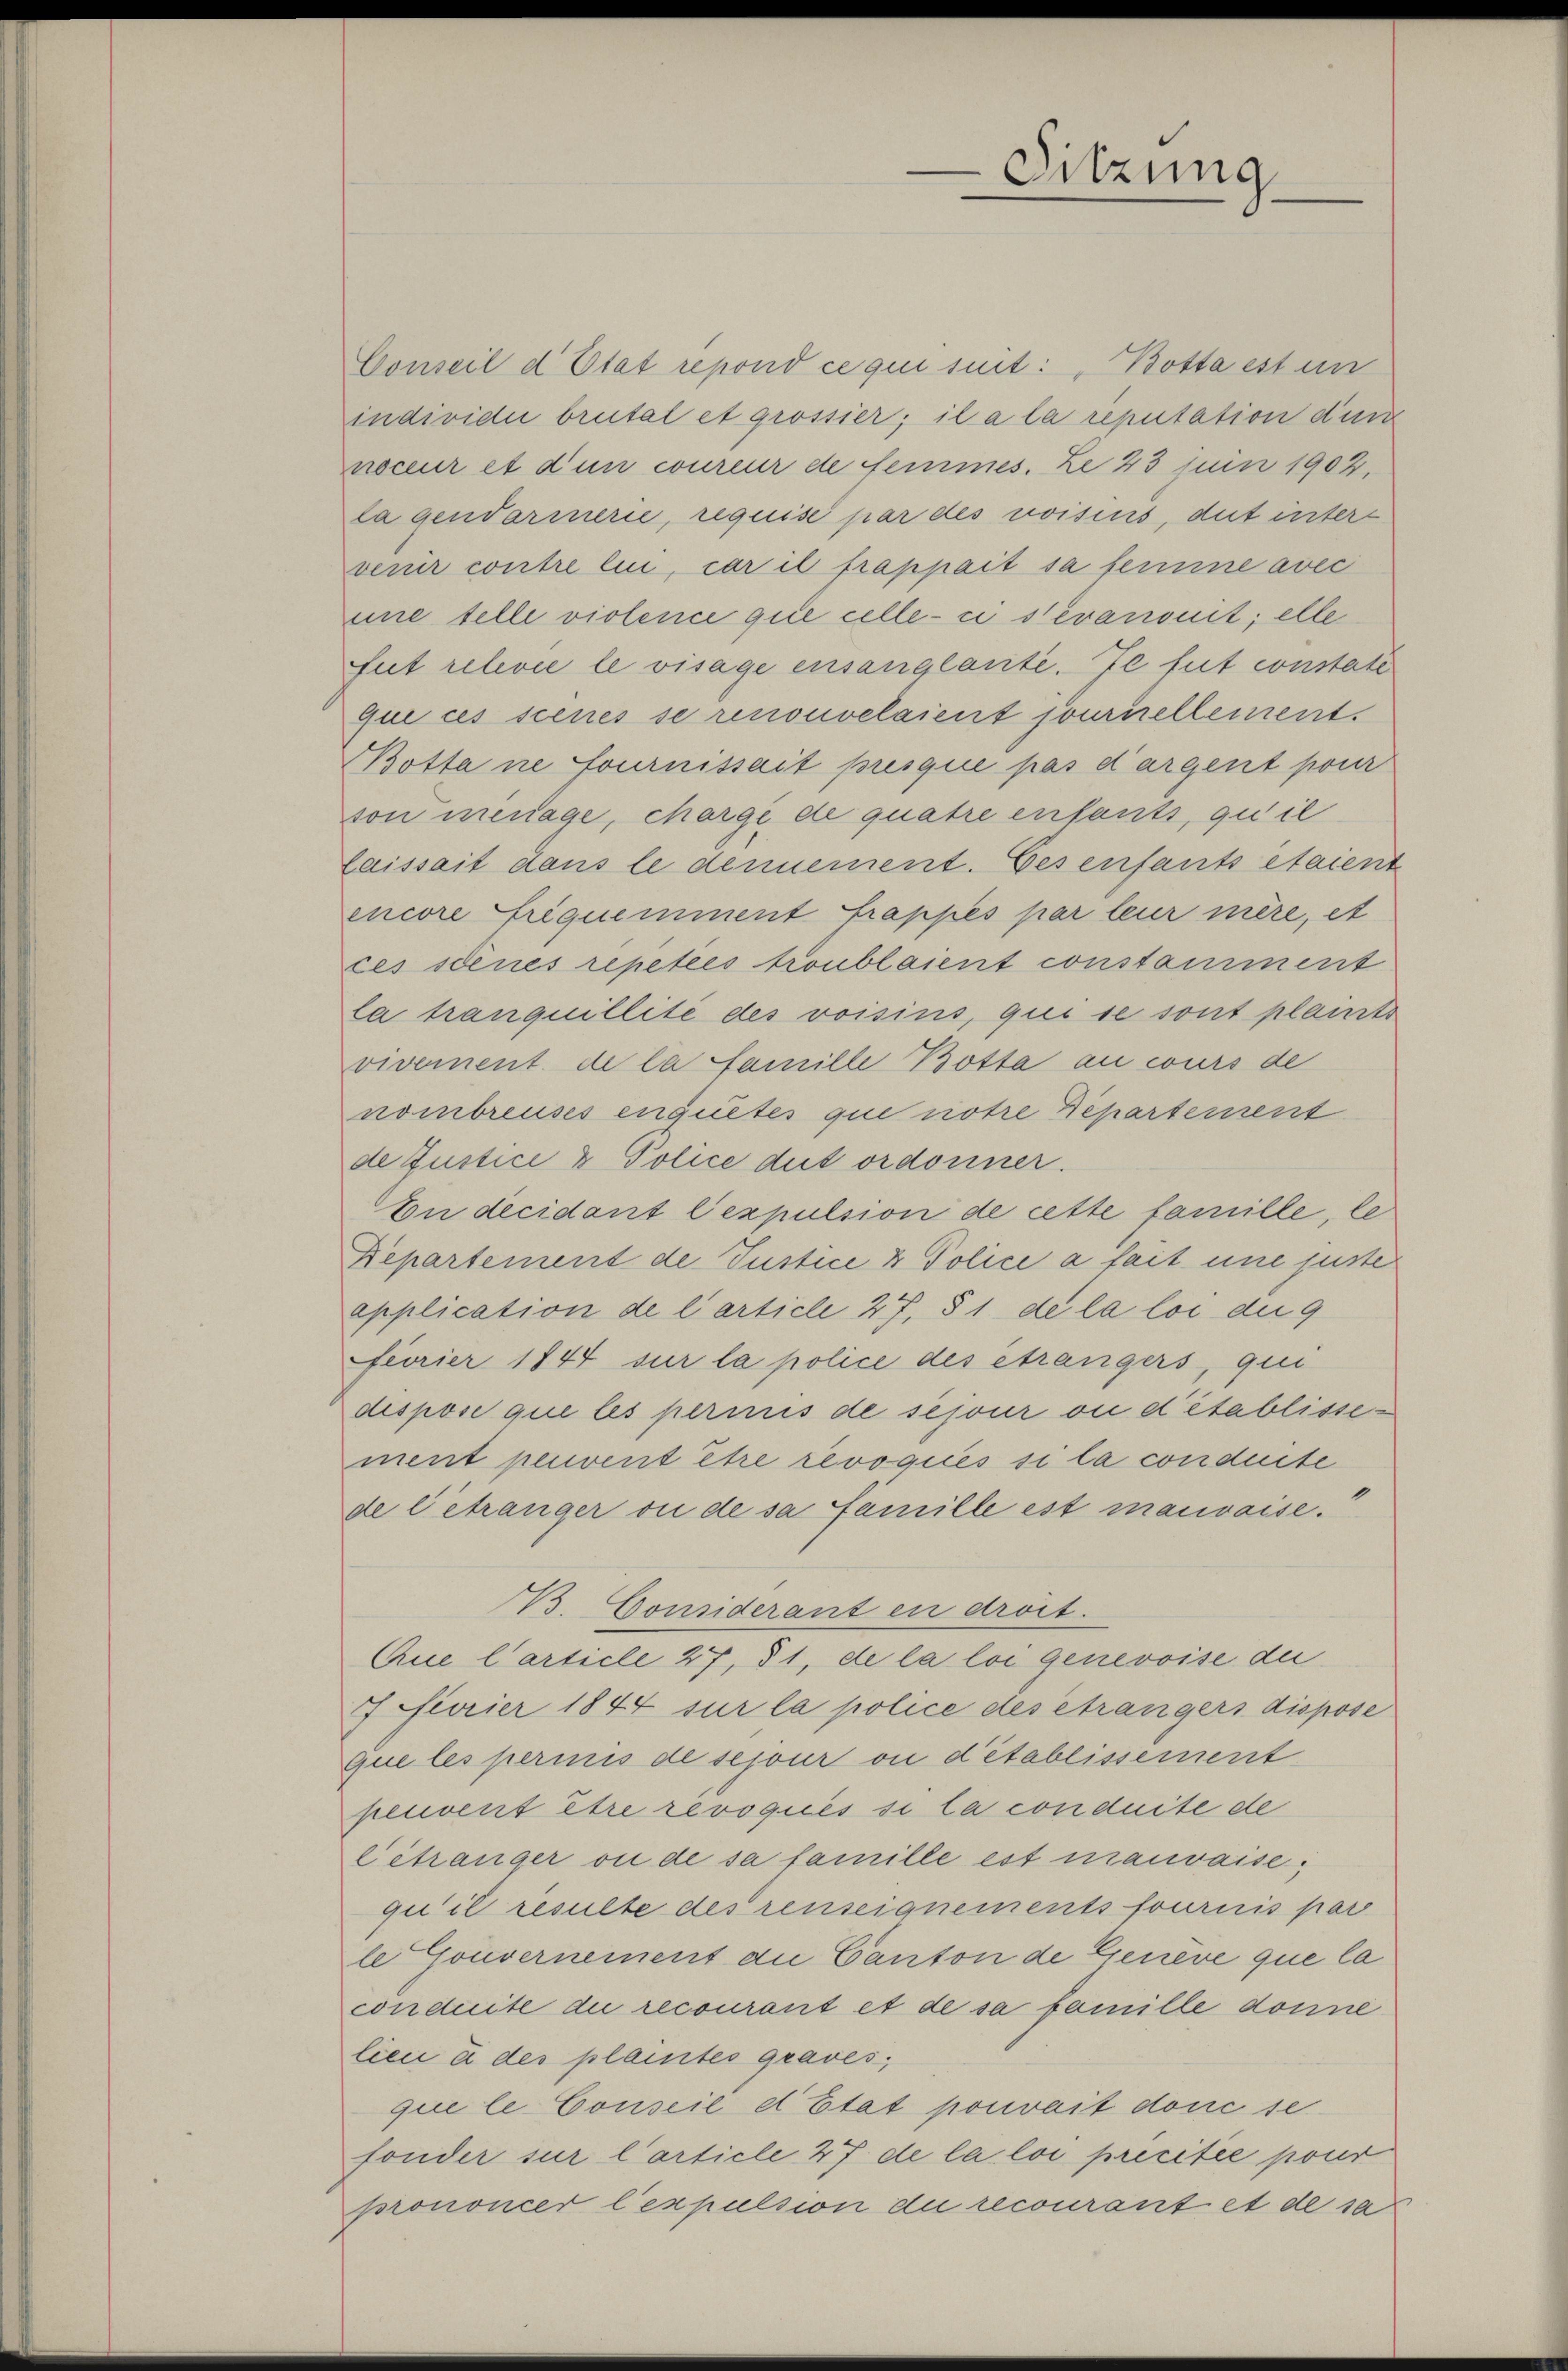
Sitzung

Conseil d’Etat repond ce qui suit: „Botta est un
individui brutal et grossier; il a la reputation durch
noceur et d’un coureur de femmes. Ze 43 juin 1902.
la gendarmern, requise par des voisins, das intere
venir contre lui, car il frappait sa femine avec
une telle violence que celle-ci stevanonit; elle
fut relevie le visage ensanglante. Je tut constate
que ces scenes se renouvelaient journellement.
Botta ne fournissait presque pas dargent pour
son menage, chargé de quatre entants, quil
laissait dans le dennement. Ces enfants étaient
encore friquemment frappes par leur mère, et
ces denes repetees troublaient constamment
la tranquillite des voisins, qui se sont plausts
vivement de la famille Botta an wurs de
nombreuses enquetes que notre Departement
de Justice & Police dit ordonner.
Von decidant lexpulsion de cette famille, le
Departement de Justice & Police a fait une juste
epplication de l’article 27, § 1 de la loi die 9
fuorier 1844 sur la police des étrangers, qui
dispose que les perinis de séjour ou detablissement peuvent être révoqués si la conduite
de betränger ou de sa famille ist mauvaise.
B. Considerant en droit.
Aue Carticle 27, 31, de la loi genevoise der
7 feurier 1844 sur la police des étrangers dispose
que les perinis de sejour ou d’établissement
peuvent être revoqués si la conduite de
Cétranger ou de sa famille est mauvaise;
qu’il resulte des renseignements fournis par
le Gouvernement du Canton de Geneve que la
conduite die recourant et de sa famille donne
lien u des plaintes graves;
que le Conseil et Etat pouvait donc se
fonder sur l’article 27 de la loi precitée pour
prononcer l’expulsion die recourant et de sa